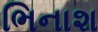
ભિનાશ